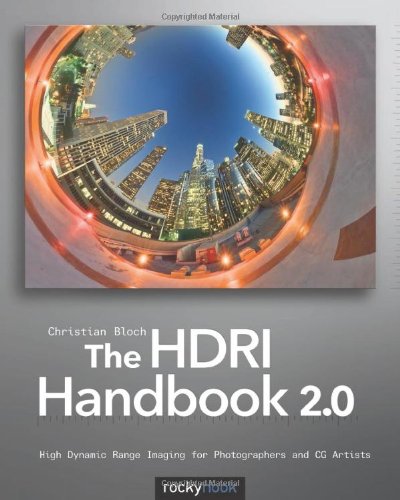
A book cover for The HDRI Handbook 2.0: High Dynamic Range Imaging for Photographers and CG Artists; Christian Bloch; Arts & Photography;